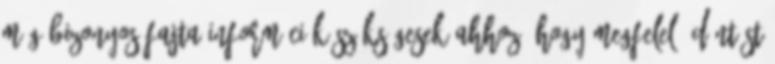
még bizonyos fajta információk szükségesek ahhoz, hogy megfelelő döntést